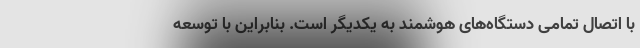
با اتصال تمامی دستگاه‌های هوشمند به یکدیگر است. بنابراین با توسعه